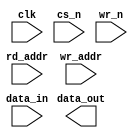
////////////////////////////////////////////////////////////////////////////////
//
//       This confidential and proprietary software may be used only
//     as authorized by a licensing agreement from Synopsys Inc.
//     In the event of publication, the following notice is applicable:
//
//                    (C) COPYRIGHT 1999 - 2018 SYNOPSYS INC.
//                           ALL RIGHTS RESERVED
//
//       The entire notice above must be reproduced on all authorized
//     copies.
//
//
// VERSION:   Simulation Model
//
// DesignWare_version: 1e67ac47
// DesignWare_release: O-2018.06-DWBB_201806.3
//
////////////////////////////////////////////////////////////////////////////////
//----------------------------------------------------------------------
// ABSTRACT:  Synch Write, Asynch Read RAM (Latch based)
//            legal range:  depth        [ 2 to 256 ]
//            legal range:  data_width   [ 1 to 256 ]
//            Input data: data_in[data_width-1:0]
//            Output data : data_out[data_width-1:0]
//            Read Address: rd_addr[addr_width-1:0]
//            Write Address: wr_addr[addr_width-1:0]
//            Write enable (active low): wr_n
//            Chip select (active low): cs_n
//            Clock:clk
//
//	MODIFIED:
//		092499	Jay Zhu		Rewrote for STAR91151
//              10/18/00  RPH       Rewrote accoding to new guidelines 
//                                  STAR 111067  
//		12/20/06  RJK       Rewritten again (STAR 9000156681)
//----------------------------------------------------------------------

module DW_ram_r_w_s_lat (
	clk,
	cs_n,
	wr_n,
	rd_addr,
	wr_addr,
	data_in, 
	data_out);
   
   parameter integer data_width = 4;
   parameter integer depth = 8;
   
`define DW_addr_width ((depth>16)?((depth>64)?((depth>128)?8:7):((depth>32)?6:5)):((depth>4)?((depth>8)?4:3):((depth>2)?2:1)))

   input 		   clk;
   input 		   wr_n;
   input 		   cs_n;
   input [`DW_addr_width-1:0] rd_addr;
   input [`DW_addr_width-1:0] wr_addr;
   input [data_width-1:0] data_in;

   output [data_width-1:0] data_out;
   reg    [data_width-1:0] data_out;

// synopsys translate_off
   reg [data_width-1:0]    mem [depth-1:0];
   event mem_written;

  
 
  initial begin : parameter_check
    integer param_err_flg;

    param_err_flg = 0;
    
  
    if ( (data_width < 1) || (data_width > 256) ) begin
      param_err_flg = 1;
      $display(
	"ERROR: %m :\n  Invalid value (%d) for parameter data_width (legal range: 1 to 256)",
	data_width );
    end
  
    if ( (depth < 2) || (depth > 256 ) ) begin
      param_err_flg = 1;
      $display(
	"ERROR: %m :\n  Invalid value (%d) for parameter depth (legal range: 2 to 256 )",
	depth );
    end

  -> mem_written;
  
    if ( param_err_flg == 1) begin
      $display(
        "%m :\n  Simulation aborted due to invalid parameter value(s)");
      $finish;
    end

  end // parameter_check 


  always @ (rd_addr or mem_written) begin : mem_read_PROC
	data_out = (rd_addr < depth)?
		    ((^(rd_addr ^ rd_addr) !== 1'b0) ?  {data_width{1'bx}} : mem[rd_addr])
		  : {data_width{1'b0}};
  end // PROC_mem_read
   
   
  always @(clk or cs_n or wr_n or wr_addr or data_in) begin : mem_write_PROC
    integer  i;

    if ((clk | cs_n | wr_n) !== 1'b1) begin
      if ((^(wr_addr ^ wr_addr) !== 1'b0)) begin
        for (i=0 ; i < depth ; i=i+1)
	  mem[i] = {data_width{1'bx}};
      end else if (wr_addr < depth) begin
	if ((clk | cs_n | wr_n) === 1'b0)
	  mem[wr_addr] = data_in | data_in;
	else
	  mem[wr_addr] = {data_width{1'bx}};
      end
      -> mem_written;
    end
  end // PROC_mem_write
   
  
  always @ (clk) begin : clk_monitor 
    if ( (clk !== 1'b0) && (clk !== 1'b1) && ($time > 0) )
      $display( "WARNING: %m :\n  at time = %t, detected unknown value, %b, on clk input.",
                $time, clk );
    end // clk_monitor 
// synopsys translate_on
`undef DW_addr_width
   
endmodule // DW_ram_r_w_s_lat